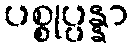
ပစ္စုပ္ပန္နာ